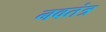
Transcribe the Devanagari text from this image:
नवतंत्र